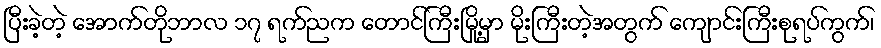
ပြီးခဲ့တဲ့ အောက်တိုဘာလ ၁၇ ရက်ညက တောင်ကြီးမြို့မှာ မိုးကြီးတဲ့အတွက် ကျောင်းကြီးစုရပ်ကွက်၊